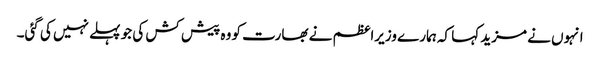
انہوں نے مزید کہا کہ ہمارے وزیراعظم نے بھارت کو وہ پیش کش کی جو پہلے نہیں کی گئی۔